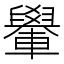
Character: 𨏐